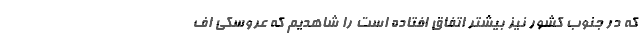
که در جنوب کشور نیز بیشتر اتفاق افتاده است را شاهدیم که عروسکی اف